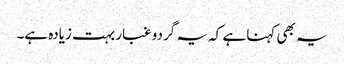
یہ بھی کہنا ہے کہ یہ گردو غبار بہت زیادہ ہے۔